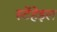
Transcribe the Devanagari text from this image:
स्टेंहेइल